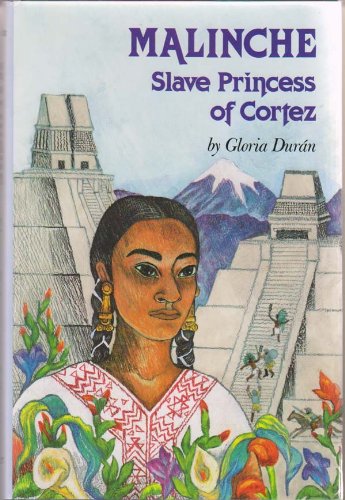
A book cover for Malinche: Slave Princess of Cortez; Gloria Duran; Teen & Young Adult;